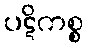
ပဋိကစ္စ